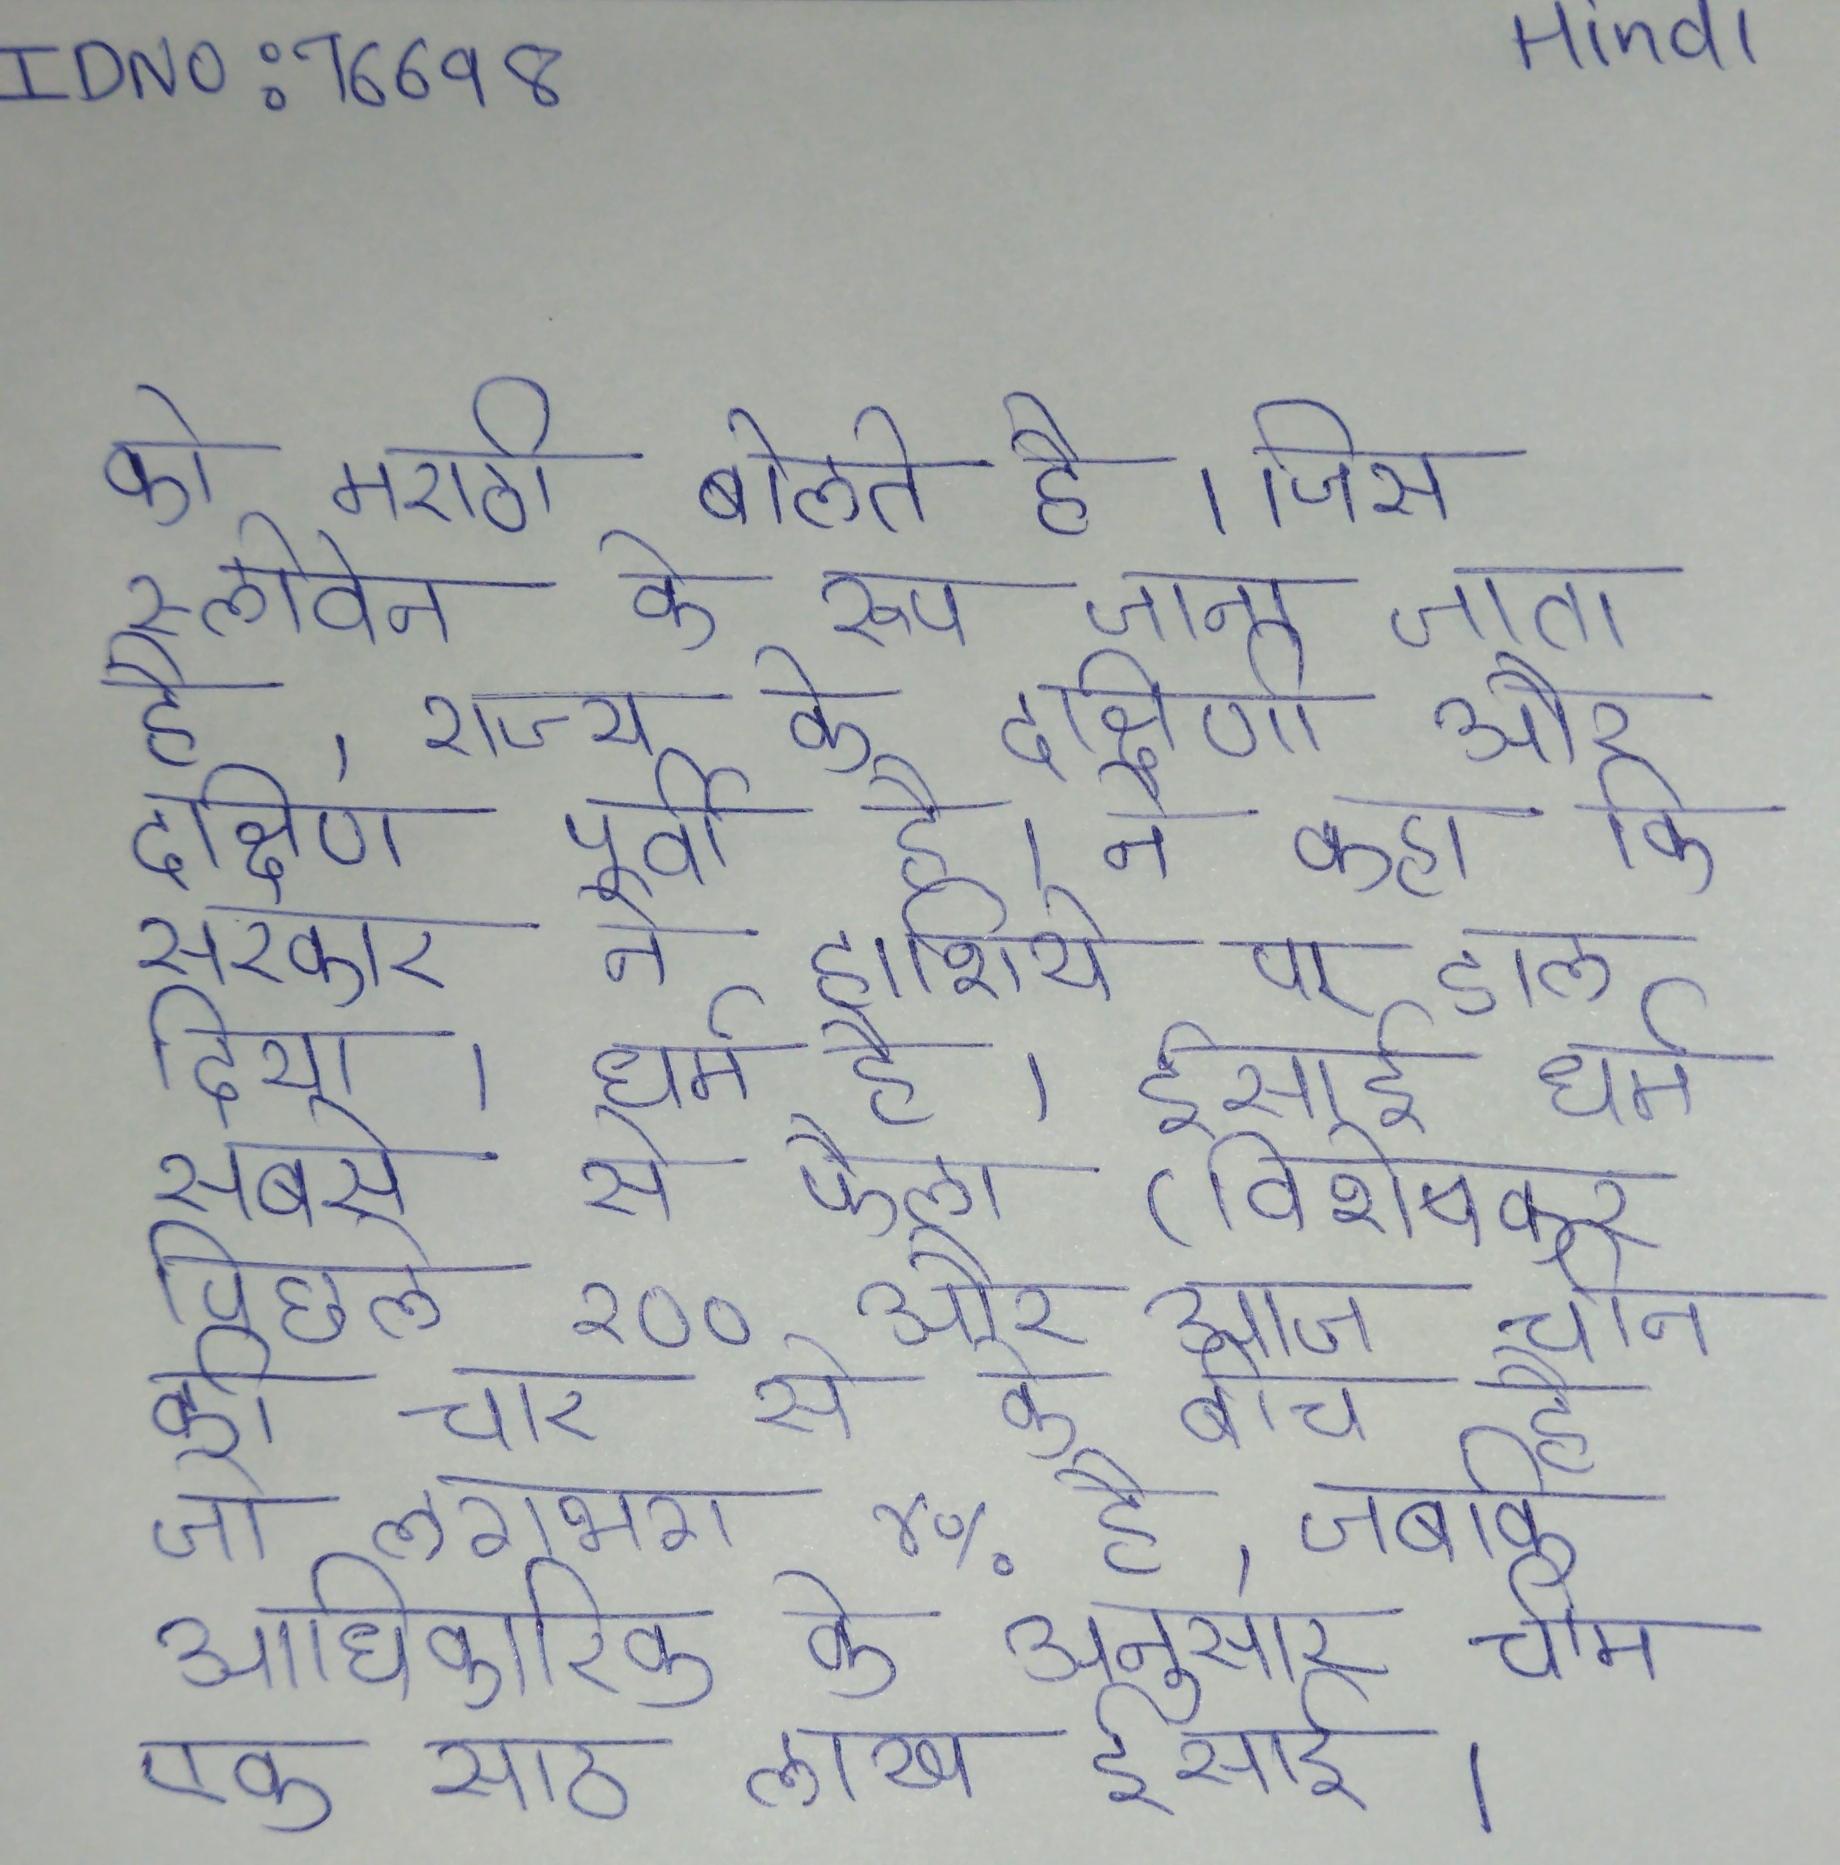
को मराठी बोलते है । जिसे स्लोवेने के रूप जाना जाता है, राज्य के दक्षिणी और दक्षिण पूर्वी है । ने कहा कि सरकार ने हाशिये पर डाल दिया । धर्म है । ईसाई धर्म सबसे से फैला (विशेषकर पिछले २०० और आज चीन की चार से के बीच है जो लगभग ४% है, जबकि आधिकारिक के अनुसार चीम एक साठ लाख ईसाई ।